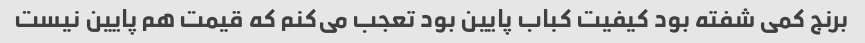
برنج کمی شفته بود کیفیت کباب پایین بود تعجب می‌کنم که قیمت هم پایین نیست